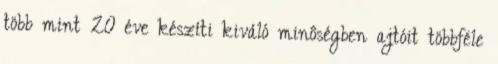
több mint 20 éve készíti kiváló minôségben ajtóit többféle